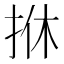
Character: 𢫩